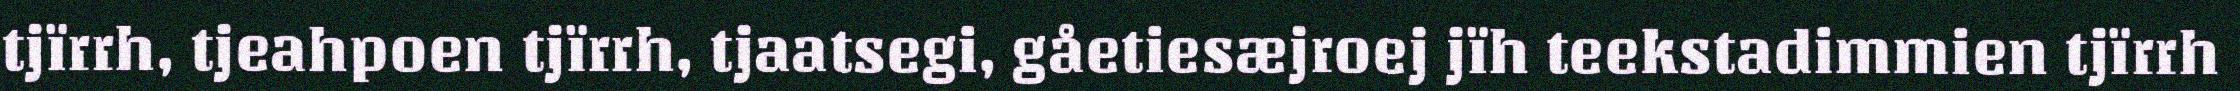
tjïrrh, tjeahpoen tjïrrh, tjaatsegi, gåetiesæjroej jïh teekstadimmien tjïrrh